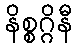
နိစ္စဂ္ဂိနီ